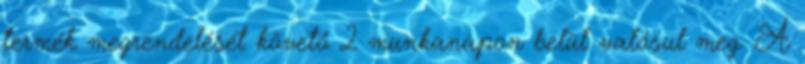
termék megrendelését követő 2 munkanapon belül valósul meg. A